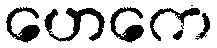
ဟေကေ